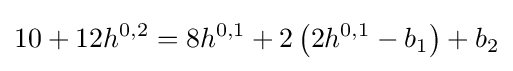
10+12h^{0,2}=8h^{0,1}+2\left(2h^{0,1}-b_{1}\right)+b_{2}